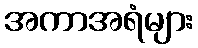
အကာအရံများ